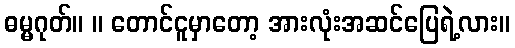
ဓမ္မဂုတ်။ ။ တောင်ငူမှာတော့ အားလုံးအဆင်ပြေရဲ့လား။